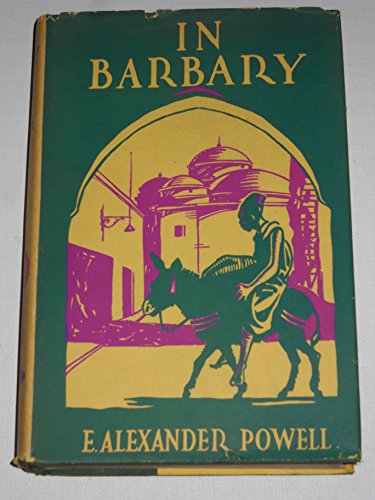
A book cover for In Barbary; Tunisia, Algeria, Morocco and the Sahara,; E. Alexander Powell; Travel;